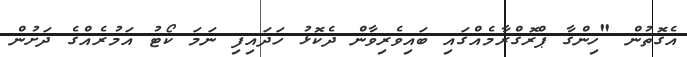
އެގޮތުން "ހިންގާ ޕްރޮގްރާމެއްގައި ބައިވެރިވާން ދެކޮޅު ހަދައިފި ނަމަ ކޯޓު އަމުރެއްގެ ދަށުން